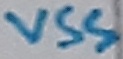
Text: VSS